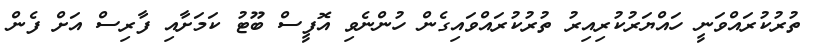
ތުރުކުރައްވަނީ ހައްޔަރުކުރިއިރު ތުރުކުރައްވައިގެން ހުންނެވި އޮފީސް ބޫޓު ކަމަށާއި ފާރިސް އަށް ފެން